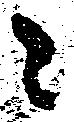
之